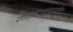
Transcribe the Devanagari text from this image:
मतदारांपर्यंत